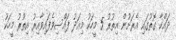
ދައްކާ ގޮތުގައި އެރަށުން އިތުރު 5 މީހަކު މިއަދު ފައްސިވެފައިވާއިރު އިތުރު މީހަކު